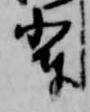
輩